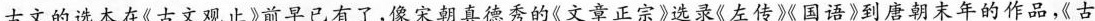
古文的选本在《古文观止》前早已有了，像宋朝真德秀的《文章正宗》选录《左传》《国语》到唐朝末年的作品，《古